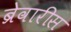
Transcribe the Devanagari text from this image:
ब्रेवारीस